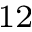
_ { 1 2 }